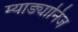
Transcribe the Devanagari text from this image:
म्याङ्यानिज